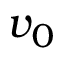
v _ { 0 }